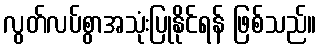
လွတ်လပ်စွာအသုံးပြုနိုင်ရန် ဖြစ်သည်။